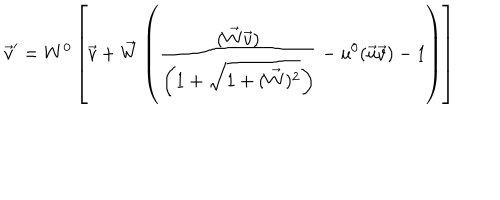
LaTeX: \vec { v } ^ { \prime } = W ^ { 0 } \left[ \vec { v } + \vec { W } \left( \frac { ( \vec { W } \vec { v } ) } { \left( 1 + \sqrt { 1 + ( \vec { W } ) ^ { 2 } } \right) } - u ^ { 0 } ( \vec { u } \vec { v } ) - 1 \right) \right]